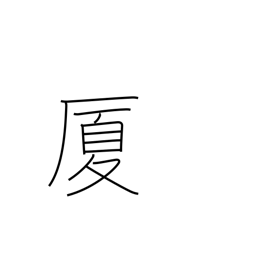
Meaning: house